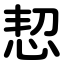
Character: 恝